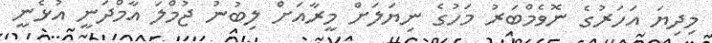
މިިދިޔަ އަހަރުގެ ނޮވެމްބަރު މަހުގެ ނިޔަލަށް މީރާއަށް ލިބުނު ޖުމްލަ އާމްދަނީ އުޅެނީ